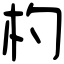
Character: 杓